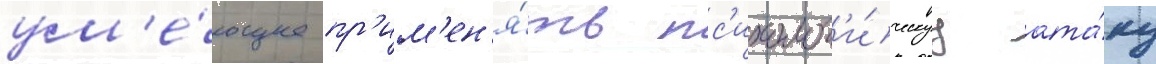
ум'е́ющее пр'им'ен'я́ть пс'ихолог'и́ческуу ата́ку